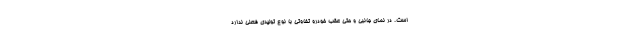
است. در نمای جانبی و حتی عقب خودرو تفاوتی با نوع تولیدی فعلی ندارد